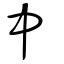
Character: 中